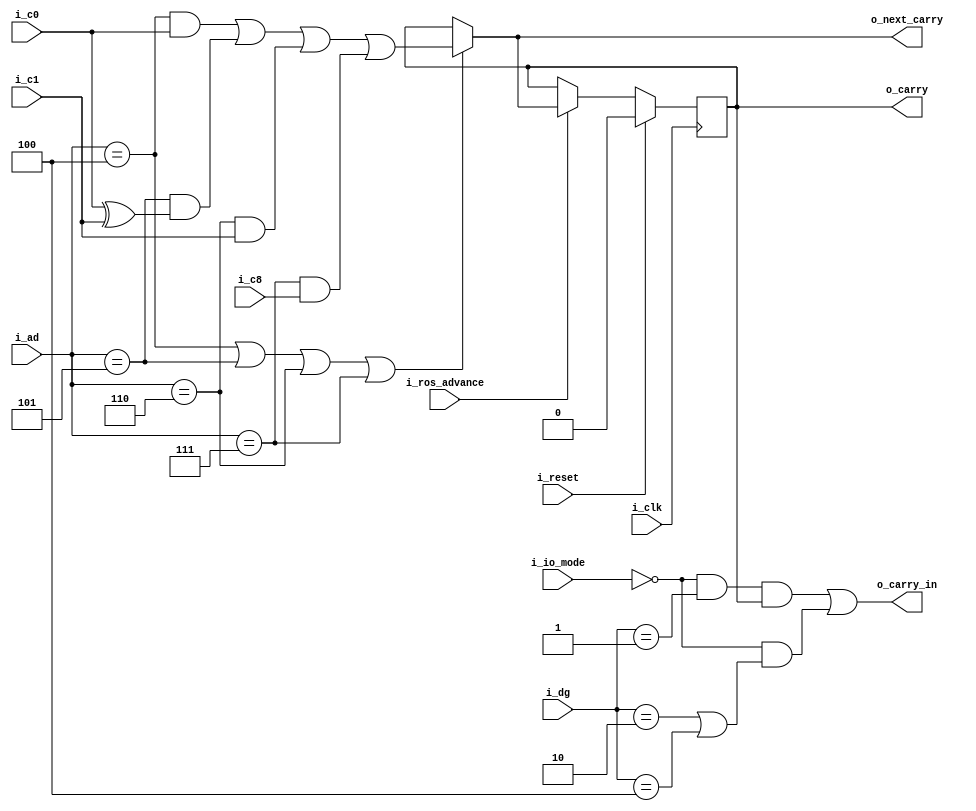
`default_nettype   none

// 2050 carry logic

module x2050cy (i_clk, i_reset,
i_ros_advance,
i_io_mode,
i_dg,
i_ad,
i_c0,
i_c1,
i_c8,
o_carry_in,
o_next_carry,
o_carry);

input wire i_clk;
input wire i_reset;
input wire i_ros_advance;
input wire i_io_mode;
input wire [2:0] i_dg;
input wire [3:0] i_ad;
input wire i_c0;
input wire i_c1;
input wire i_c8;
output wire o_carry_in;
output wire o_next_carry;
output reg o_carry;

assign o_carry_in = ~i_io_mode & (i_dg == 3'd1) & o_carry
	| ~i_io_mode & ((i_dg == 3'd2) | (i_dg == 3'd4) ) & 1'b1;

wire [1:0] next_carry = {
	(i_ad == 4'd4) & i_c0
		| (i_ad == 4'd5) & (i_c0 ^ i_c1)
		| (i_ad == 4'd6) & i_c1
		| (i_ad == 4'd7) & i_c8 ,
	((i_ad == 4'd4) | (i_ad == 4'd5)
		| (i_ad == 4'd6) | (i_ad == 4'd7))
	};

assign o_next_carry = next_carry[0] ? next_carry[1] : o_carry;

always @(posedge i_clk)
	if (i_reset)
		o_carry <= 0;
	else if (!i_ros_advance)
		;
	else if (next_carry[0])
		o_carry <= next_carry[1];

endmodule